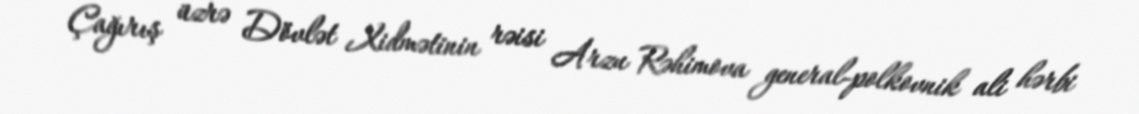
Çağırış üzrə Dövlət Xidmətinin rəisi Arzu Rəhimova general-polkovnik ali hərbi